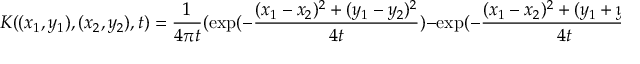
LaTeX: K ( ( x _ { 1 } , y _ { 1 } ) , ( x _ { 2 } , y _ { 2 } ) , t ) = { \frac { 1 } { 4 \pi t } } ( \exp ( - { \frac { ( x _ { 1 } - x _ { 2 } ) ^ { 2 } + ( y _ { 1 } - y _ { 2 } ) ^ { 2 } } { 4 t } } ) - \exp ( - { \frac { ( x _ { 1 } - x _ { 2 } ) ^ { 2 } + ( y _ { 1 } + y _ { 2 } ) ^ { 2 } } { 4 t } } ) )